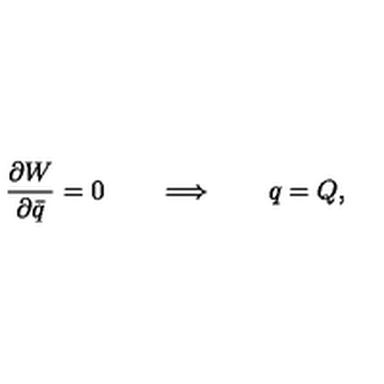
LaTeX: { \frac { \partial W } { \partial \bar { q } } } = 0 \qquad \Longrightarrow \qquad q = Q ,